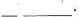
___.